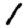
Digit: 1